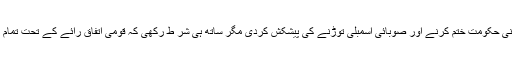
خیبر پختونخوا میں اپنی حکومت ختم کرنے اور صوبائی اسمبلی توڑنے کی پیشکش کردی مگر ساتھ ہی شر ط رکھی کہ قومی اتفاق رائے کے تحت تمام اسمبلیاں توڑی جائیں۔